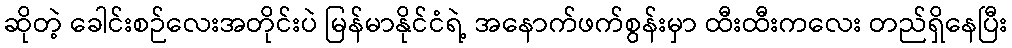
ဆိုတဲ့ ခေါင်းစဉ်လေးအတိုင်းပဲ မြန်မာနိုင်ငံရဲ့ အနောက်ဖက်စွန်းမှာ ထီးထီးကလေး တည်ရှိနေပြီး